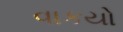
વાકયો